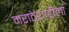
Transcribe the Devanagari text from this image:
मराठेशाहीला